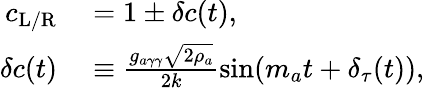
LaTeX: \begin{array}{rl}{c_{\mathrm{L}/\mathrm{R}}}&{{}=1\pm\delta c(t),}\\ {\delta c(t)}&{{}\equiv\frac{g_{a\gamma\gamma}\sqrt{2\rho_{a}}}{2k}\sin(m_{a}t+\delta_{\tau}(t)),}\end{array}